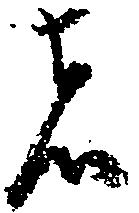
者